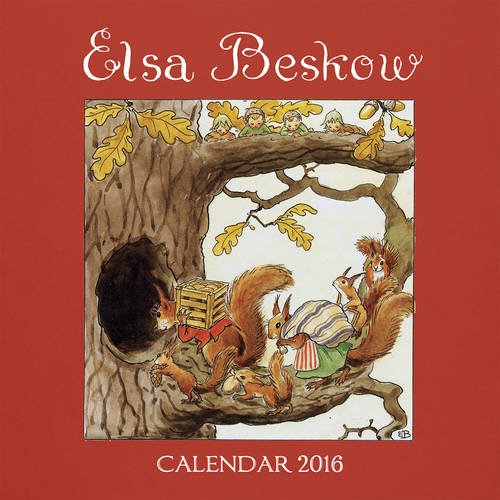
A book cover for Elsa Beskow Calendar 2016; Elsa Beskow; Calendars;